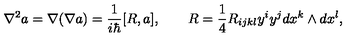
\nabla ^ { 2 } a = \nabla ( \nabla a ) = \frac 1 { i \hbar } [ R , a ] , \qquad R = \frac 1 4 R _ { i j k l } y ^ { i } y ^ { j } d x ^ { k } \wedge d x ^ { l } ,